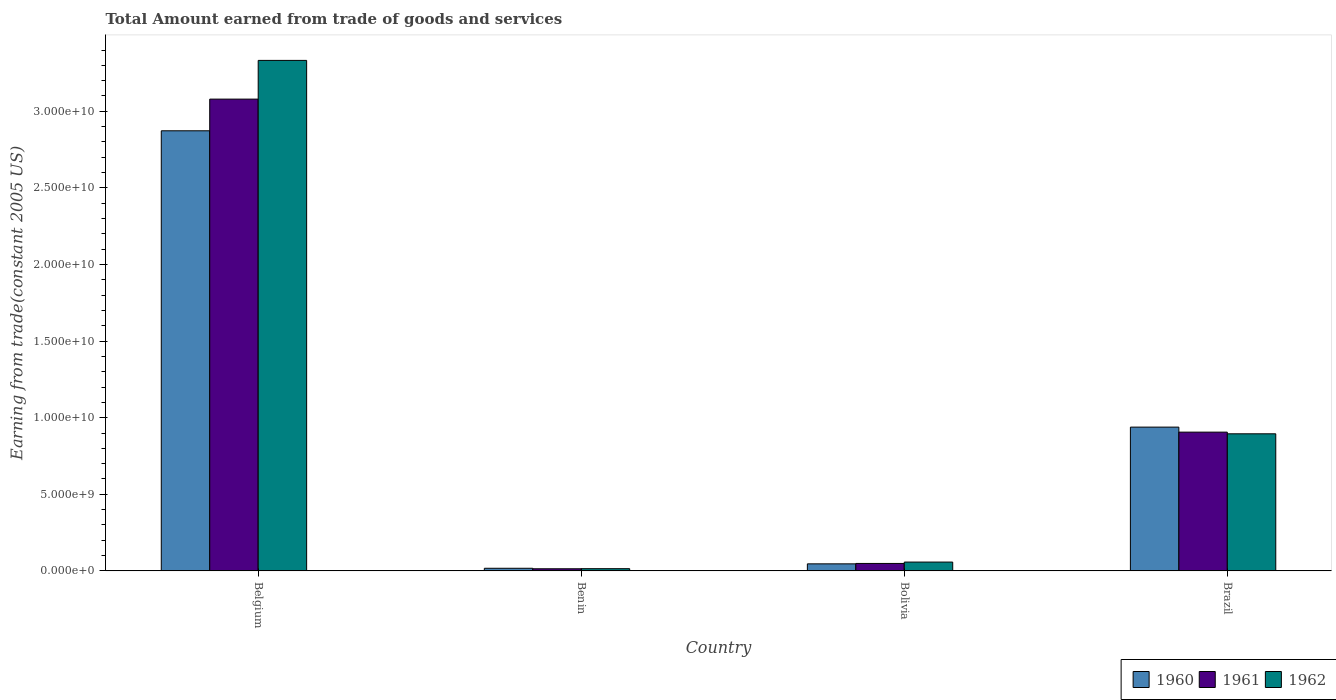
| Country | 1960 | 1961 | 1962 |
 | --- | --- | --- | --- |
 | Belgium | 2.87e+10 | 3.08e+10 | 3.33e+10 |
 | Benin | 1.71e+08 | 1.39e+08 | 1.45e+08 |
 | Bolivia | 4.6e+08 | 4.87e+08 | 5.76e+08 |
 | Brazil | 9.39e+09 | 9.06e+09 | 8.95e+09 |